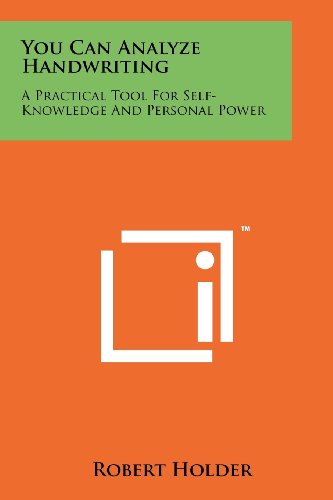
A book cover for You Can Analyze Handwriting: A Practical Tool For Self-Knowledge And Personal Power; Robert Holder; Self-Help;